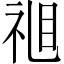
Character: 𱲶